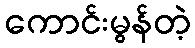
ကောင်းမွန်တဲ့